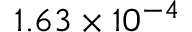
1 . 6 3 \times 1 0 ^ { - 4 }